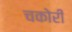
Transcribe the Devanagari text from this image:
चकोरी